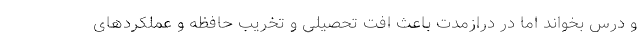
و درس بخواند اما در درازمدت باعث افت تحصیلی و تخریب حافظه و عملکردهای